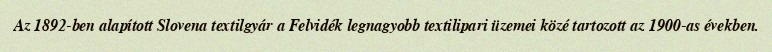
Az 1892-ben alapított Slovena textilgyár a Felvidék legnagyobb textilipari üzemei közé tartozott az 1900-as években.